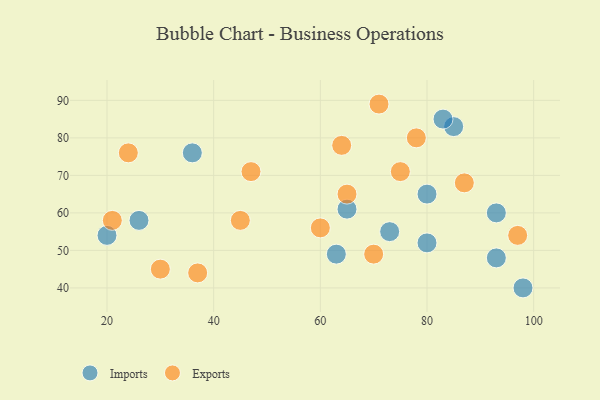
{"axis": {"x": "GDP", "y": "Life Expectancy"}, "legend": ["Exports", "Imports"], "data": [{"x": "93", "y": 60, "type": "Imports"}, {"x": "65", "y": 61, "type": "Imports"}, {"x": "63", "y": 49, "type": "Imports"}, {"x": "80", "y": 65, "type": "Imports"}, {"x": "93", "y": 48, "type": "Imports"}, {"x": "85", "y": 83, "type": "Imports"}, {"x": "26", "y": 58, "type": "Imports"}, {"x": "83", "y": 85, "type": "Imports"}, {"x": "73", "y": 55, "type": "Imports"}, {"x": "98", "y": 40, "type": "Imports"}, {"x": "20", "y": 54, "type": "Imports"}, {"x": "80", "y": 52, "type": "Imports"}, {"x": "36", "y": 76, "type": "Imports"}, {"x": "21", "y": 58, "type": "Exports"}, {"x": "75", "y": 71, "type": "Exports"}, {"x": "64", "y": 78, "type": "Exports"}, {"x": "70", "y": 49, "type": "Exports"}, {"x": "24", "y": 76, "type": "Exports"}, {"x": "97", "y": 54, "type": "Exports"}, {"x": "45", "y": 58, "type": "Exports"}, {"x": "78", "y": 80, "type": "Exports"}, {"x": "30", "y": 45, "type": "Exports"}, {"x": "60", "y": 56, "type": "Exports"}, {"x": "87", "y": 68, "type": "Exports"}, {"x": "65", "y": 65, "type": "Exports"}, {"x": "37", "y": 44, "type": "Exports"}, {"x": "71", "y": 89, "type": "Exports"}, {"x": "47", "y": 71, "type": "Exports"}]}